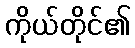
ကိုယ်တိုင်၏